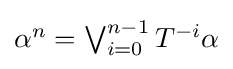
\textstyle \alpha ^{n}=\bigvee _{i=0}^{n-1}T^{-i}\alpha